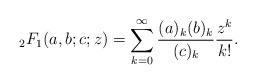
LaTeX: \begin{align*}{}_2F_1(a, b; c; z) = \sum_{k=0}^\infty\frac{(a)_k(b)_k}{(c)_k}\frac{z^k}{k!}.\end{align*}